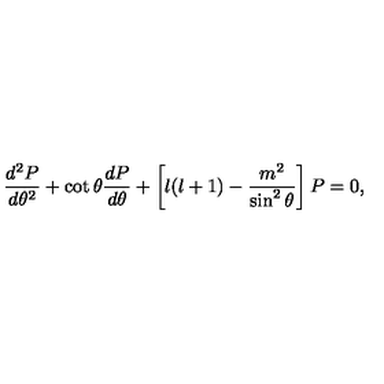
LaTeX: \frac { d ^ { 2 } P } { d \theta ^ { 2 } } + \cot \theta \frac { d P } { d \theta } + \left[ l ( l + 1 ) - \frac { m ^ { 2 } } { \sin ^ { 2 } \theta } \right] P = 0 ,